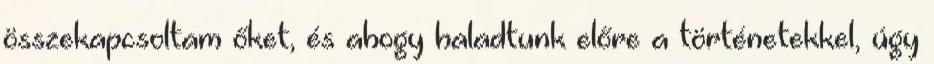
összekapcsoltam őket, és ahogy haladtunk előre a történetekkel, úgy